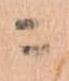
ニ